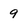
Character: 9